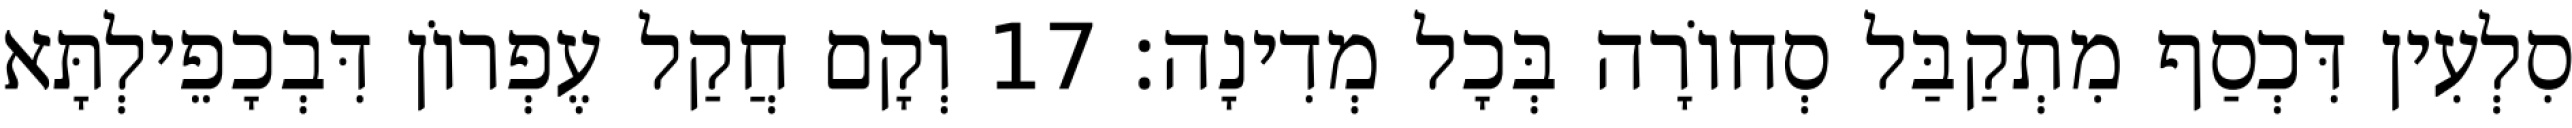
סִלְעִין דִּכְסַף מִתְקַבַּל סְחוֹרָה בְּכָל מְדִינָה׃ 17 וְקָם חֲקַל עֶפְרוֹן דִּבְכָפֵילְתָּא